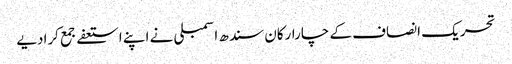
تحریک انصاف کے چارارکان سندھ اسمبلی نے اپنے استعفےجمع کرادیے